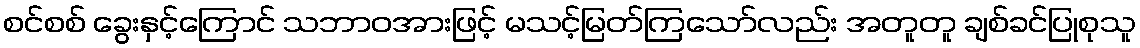
စင်စစ် ခွေးနှင့်ကြောင် သဘာဝအားဖြင့် မသင့်မြတ်ကြသော်လည်း အတူတူ ချစ်ခင်ပြုစုသူ